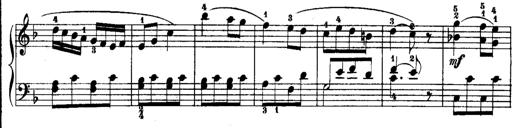
Title: Rondos and Sonatinas for Pianoforte
Composer: Daniel Steibelt